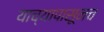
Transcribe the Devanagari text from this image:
याच्यापासूनच